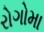
રોગોમા